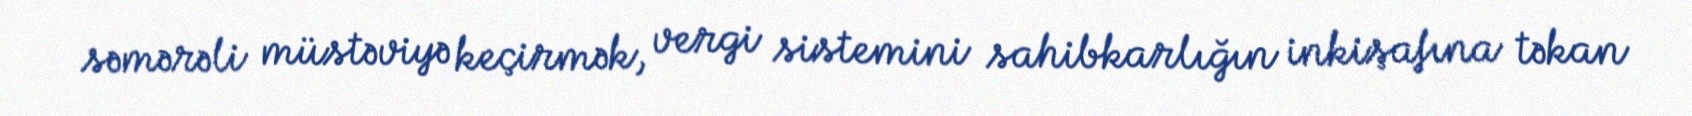
səmərəli müstəviyə keçirmək, vergi sistemini sahibkarlığın inkişafına təkan